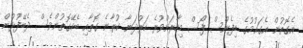
އެގޮތުން އެގައުމުގެ ޑިފެންސް ފޯސް މިހާރަށްވުރެ ހަރުދަނާ ކުރާނެ ގޮތާއި ބެހޭގޮތުންވެސް ދެބޭފުޅުން